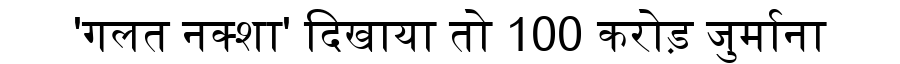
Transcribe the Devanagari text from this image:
'गलत नक्शा' दिखाया तो 100 करोड़ जुर्माना